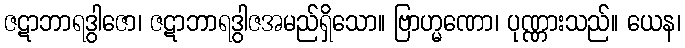
ဇဋာဘာရဒွါဇော၊ ဇဋာဘာရဒွါဇအမည်ရှိသော။ ဗြာဟ္မဏော၊ ပုဏ္ဏားသည်။ ယေန၊